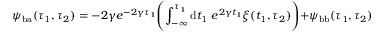
\psi _ { \mathrm { b a } } ( \tau _ { 1 } , \tau _ { 2 } ) = - 2 \gamma e ^ { - 2 \gamma \tau _ { 1 } } \Biggl ( \int _ { - \infty } ^ { \tau _ { 1 } } \mathrm { d } t _ { 1 } ~ e ^ { 2 \gamma t _ { 1 } } \xi ( t _ { 1 } , \tau _ { 2 } ) \Biggl ) + \psi _ { \mathrm { b b } } ( \tau _ { 1 } , \tau _ { 2 } )